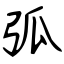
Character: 弧